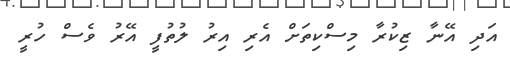
އަދި އޭނާ ޒިކުރާ މިސްކިތަށް އެރި އިރު ލުތުފީ އޭރު ވެސް ހުރީ